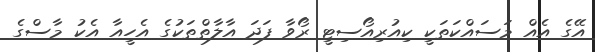
އޭގެ އެއް މަސައްކަތަކީ ކިއުރިއޯސިޓީ ރޯވާ ފަދަ އާލާތްތަކުގެ އެހީއާ އެކު މާސްގެ